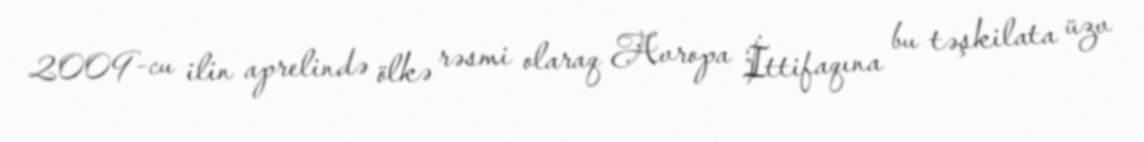
2009-cu ilin aprelində ölkə rəsmi olaraq Avropa İttifaqına bu təşkilata üzv